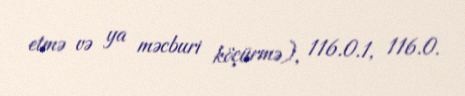
etmə və ya məcburi köçürmə), 116.0.1, 116.0.